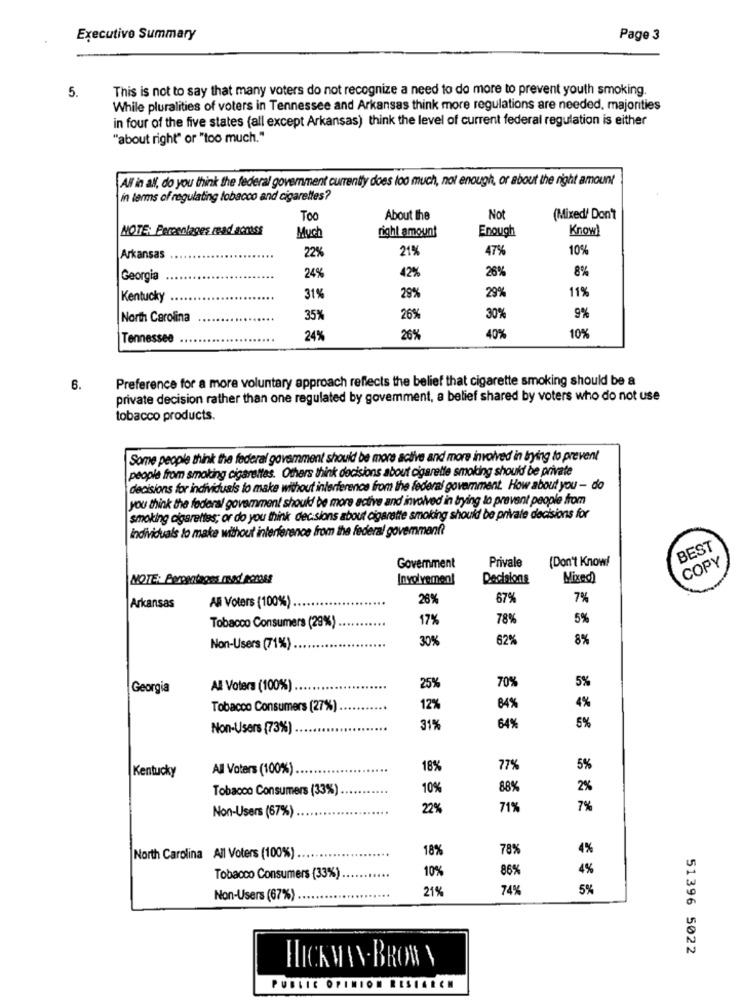
Executive Summary
Page 3
5.
This is not to say that many voters do not recognize a need to do more to prevent youth smoking.
While pluralities of voters in Tennessee and Arkansas think more regulations are needed, majorities
in four of the five states (all except Arkansas) think the level of current federal regulation is either
"about right" or "too much."
All in all, do you think the federal government currently does loo much, not enough, or about the right amount
in terms of regulating tobacco and cigarettes?
Too
About The
Not
(Mixed/ Don't
NOTE: Percentages mad acnass
right amount
Enough
Know!
Much
22%
21%
47%
10%
Arkansas
26%
8%
Georgia
24%
42%
11%
Kentucky
31%
29%
29%
North Carolina
35%
26%
30%
9%
10%
Tennessee
24%
26%
40%
Preference for a more voluntary approach reflects the belief that cigarette smoking should be a
6.
private decision rather than one regulated by govemment, a belief shared by voters who do not use
tobacco products.
Some people think the federal government should be more active and more involved in bying to prevent
people from smoking cigarettes. Others think decisions about cigarette smoking should be private
decisions for individuals to make without interference from the federal government. How about you - do
you think the federal government should be more active and involved in trying to prevent people from
smoking cigarettes; or do you think decisions about cigarette smoking should be private decisions for
Individuals to make without interference from the federal govemmanft
BEST
(Don't Know!
COPY
Government
Privale
Inyol yemen!
Decisions
Mixed
Arkansas
26%
67%
7%
All Voters (100%).
17%
78%
5%
Tobacco Consumers (29%)
30%
62%
8%
Non-Users (71%)
5%
| Georgia
All Voters (100%)
25%
70%
Tobacco Consumers (27%)
12%
84%
4%
Non-Users (73%)
31%
64%
5%
Kentucky
All Voters (100%).
18%
77%
5%
Tobacco Consumers (33%)
10%
88%
2%
Non-Users (67%)
22%
71%
7%
18%
78%
4%
North Carolina All Voters (100%) ..
10%
86%
4%
Tobacco Consumers (33%).
21%
74%
5%
Non-Users (67%)
51396 5022
HICKMAN- BRON
PUBLIC OPINION RESEARCH